Trukikaitis_Postimees, lk 11
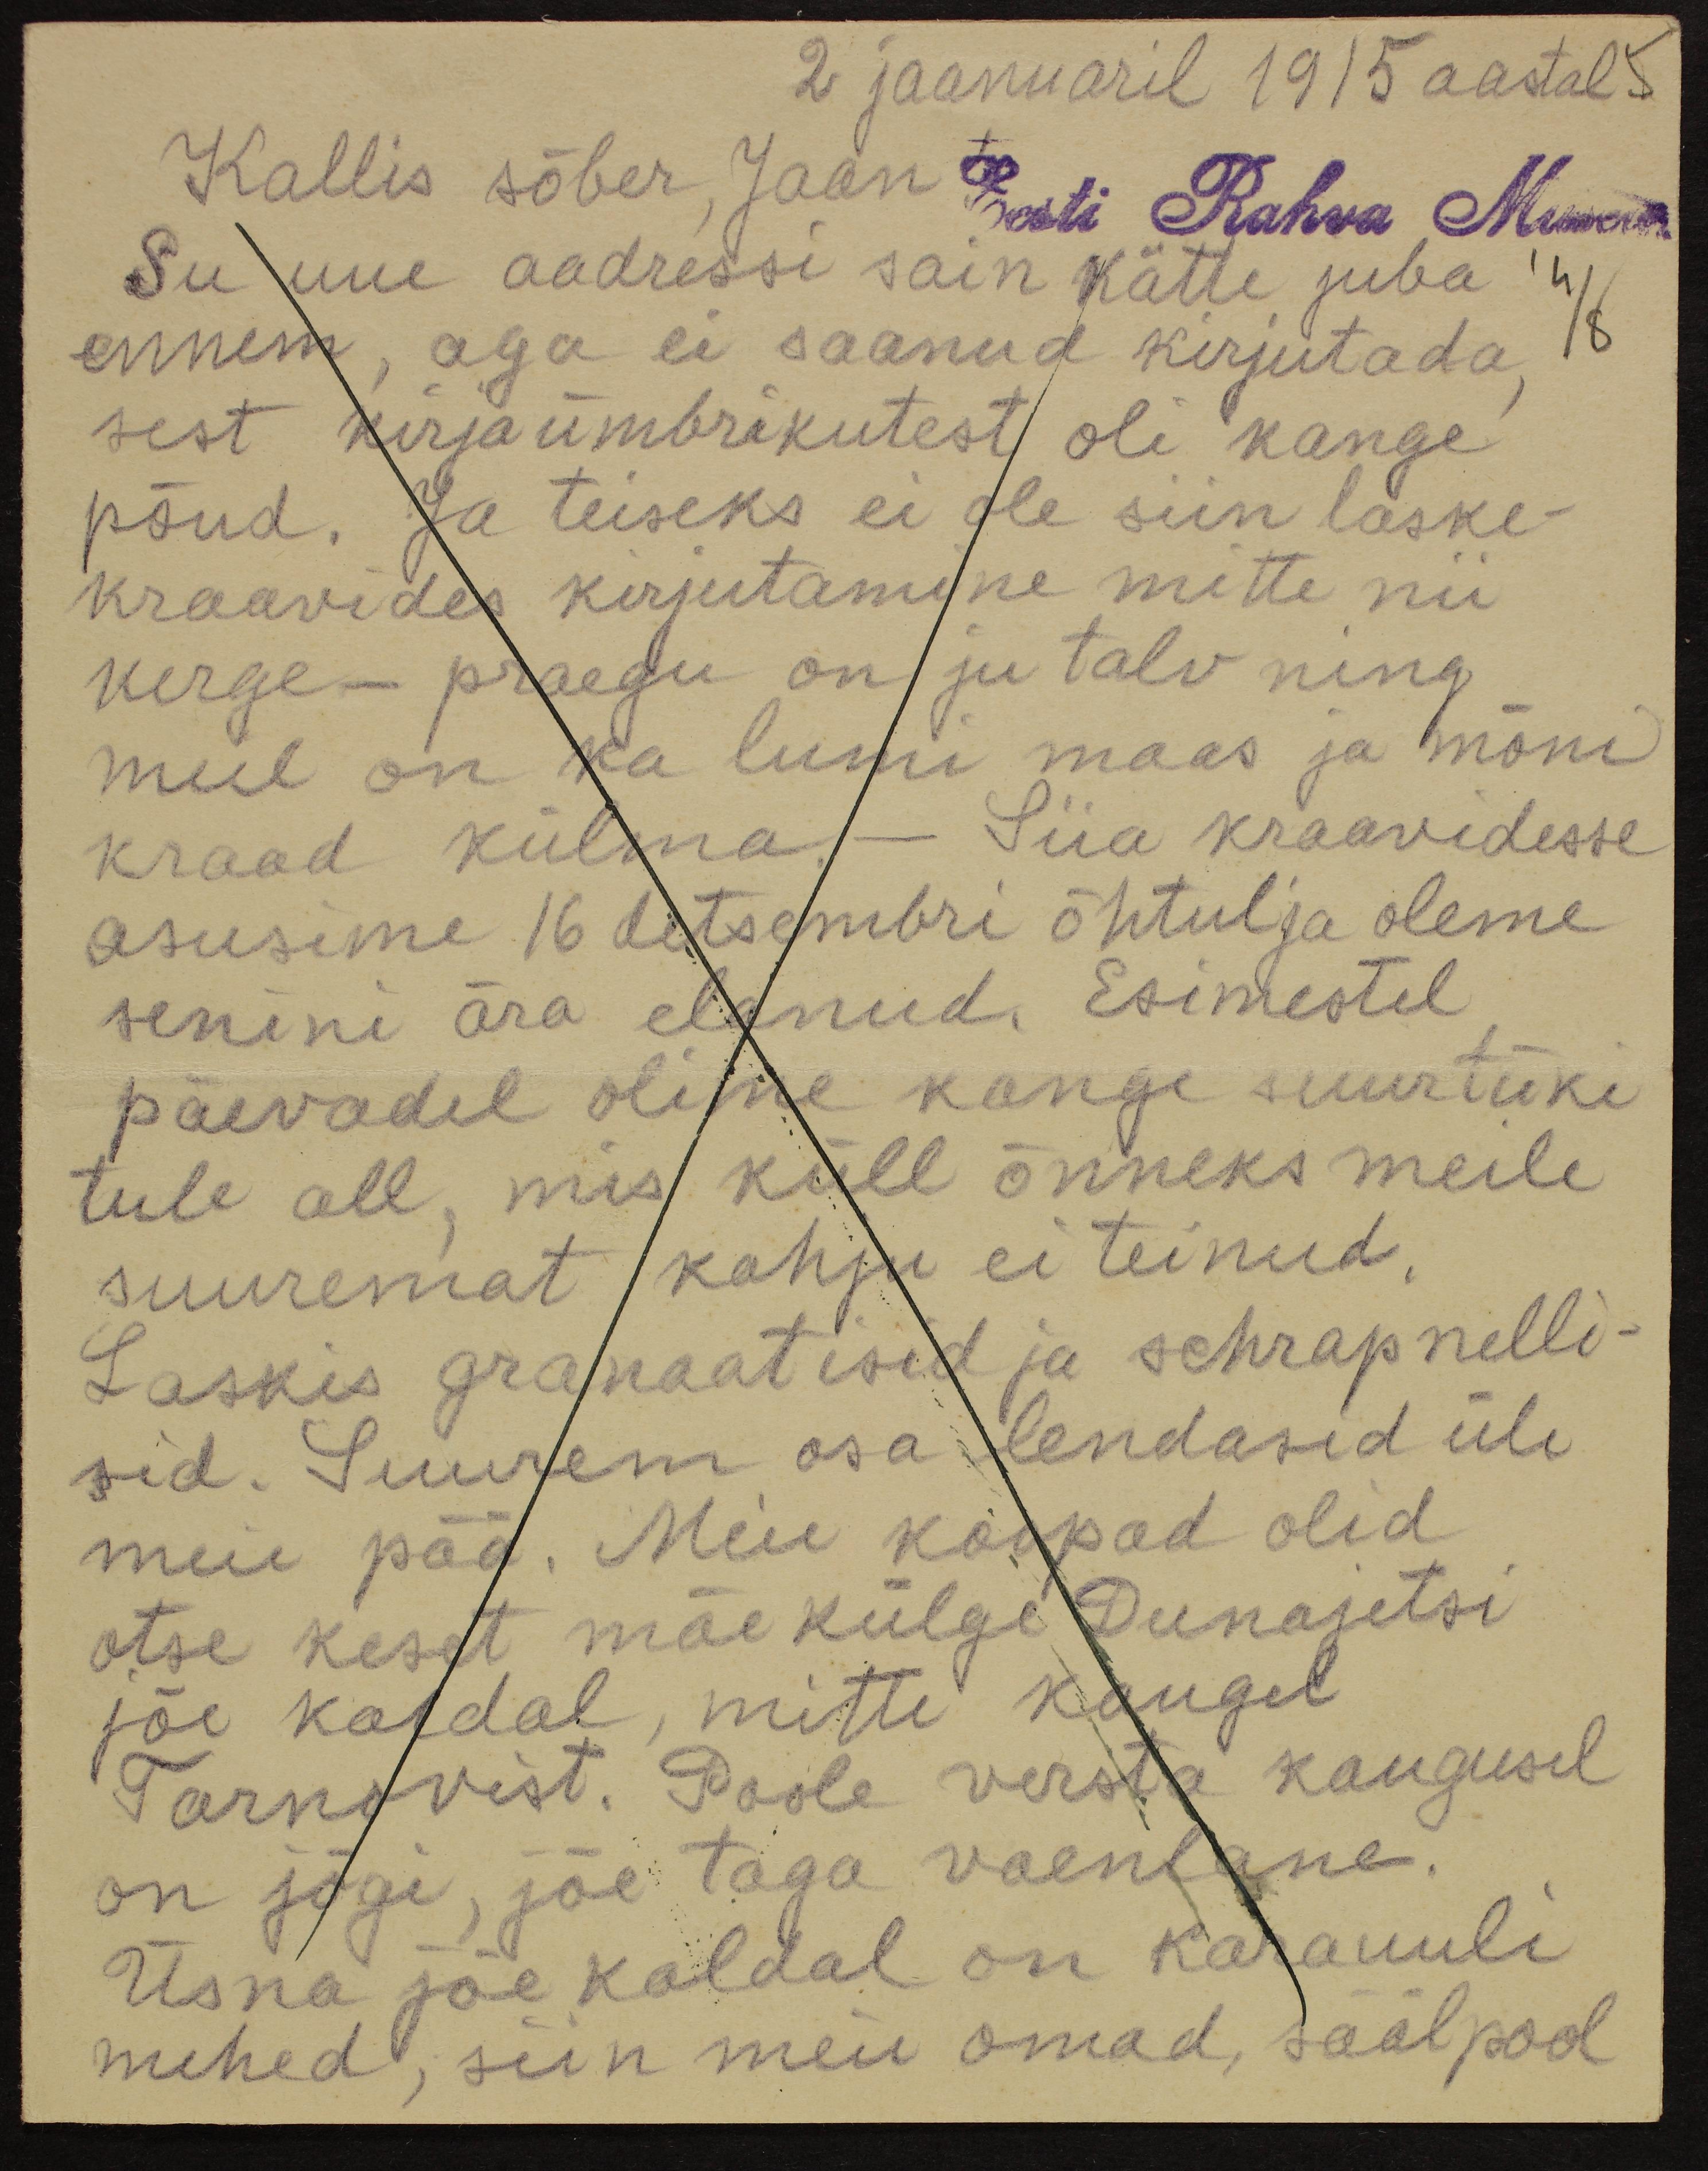
2 jaanuaril 1915 aastal 5
Kallis sõber, Jaan
Eesti Rahva Museum
Su uue aadressi sain kätte juba
ennem, aga ei saanud kirjutada,
4/8
sest kirjaümbrikutest oli kange
põud. Ja teiseks ei ole siin laske-
kraavides kirjutamine mitte nii
kerge – praegu on ju talv ning
meil on ka lumi maas ja mõni
kraad külma - Siia kraavidesse
asusime 16 detsembri õhtul ja oleme
senini ära elanud. Esimestel
päevadel olime kange suurtüki
tule all, mis küll õnneks meile
suuremat kahju ei teinud.
Laskis granaatisid ja schrapnelli-
sid. Suurem osa lendasid üle
meie pää. Meie koopad olid
otse keset mäe külge Dunajetsi
jõe kaldal, mitte kaugel
Tarnovist. Poole versta kaugusel
on jõgi, jõe taga vaenlane.
Üsna jõe kaldal on karauuli
mehed, siin meie omad, säälpool